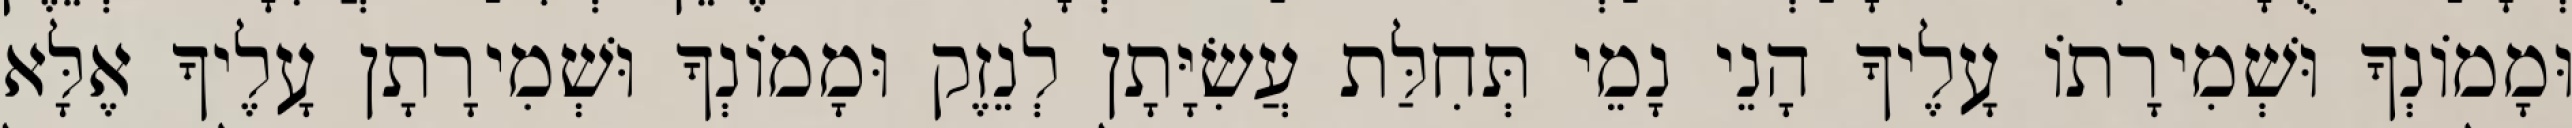
וּמָמוֹנְךָ וּשְׁמִירָתוֹ עָלֶיךָ הָנֵי נָמֵי תְּחִלַּת עֲשִׂיָּתָן לְנֵזֶק וּמָמוֹנְךָ וּשְׁמִירָתָן עָלֶיךָ אֶלָּא